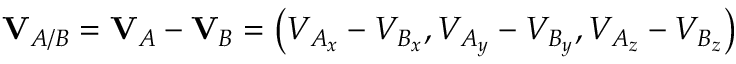
\mathbf { V } _ { A / B } = \mathbf { V } _ { A } - \mathbf { V } _ { B } = \left( V _ { A _ { x } } - V _ { B _ { x } } , V _ { A _ { y } } - V _ { B _ { y } } , V _ { A _ { z } } - V _ { B _ { z } } \right)